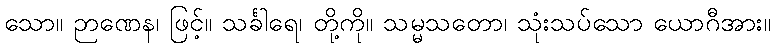
သော။ ဉာဏေန၊ ဖြင့်။ သင်္ခါရေ၊ တို့ကို။ သမ္မသတော၊ သုံးသပ်သော ယောဂီအား။